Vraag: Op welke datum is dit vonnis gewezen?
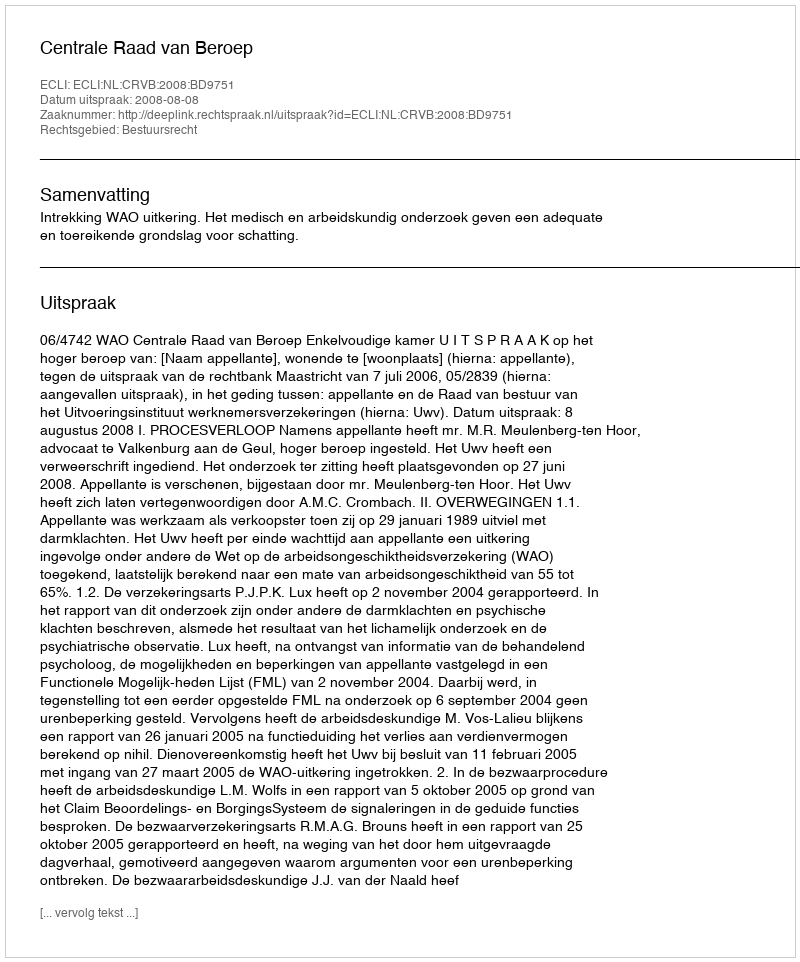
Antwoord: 2008-08-08